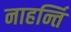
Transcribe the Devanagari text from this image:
नाहर्न्ति